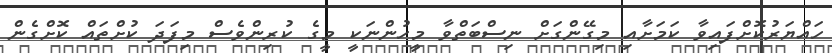
ހައްޔަރުކޮށްފައިވާ ކަމަށާއި މިގޭންގަށް ނިސްބަތްވާ މީހުންނަކީ މީގެ ކުރިންވެސް މިފަދަ ކުށްތައް ކޮށްގެން